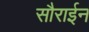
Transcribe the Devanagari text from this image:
सौराईन